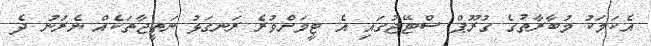
އެކަމަކު މުބާރާތުގެ ގުރޫޕް ސްޓޭޖުގައި އެ ޓީމަށްވުރެ ރަނގަޅު ނަތީޖާތަކެއް ނެރުނު ދެ